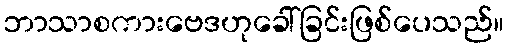
ဘာသာစကားဗေဒဟုခေါ်ခြင်းဖြစ်ပေသည်။